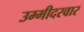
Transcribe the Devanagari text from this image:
उम्मीदरवार